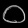
Digit: ၀